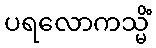
ပရလောကသ္မိံ